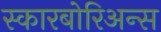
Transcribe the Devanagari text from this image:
स्कारबोरिअन्स